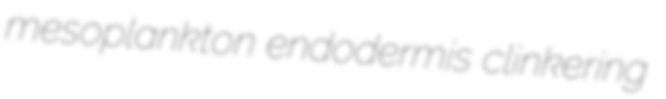
mesoplankton endodermis clinkering